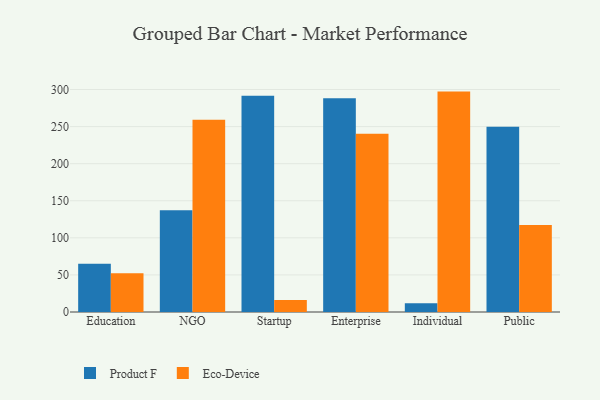
{"axis": {"x": "Segment", "y": "Market Share (%)"}, "legend": ["Eco-Device", "Product F"], "data": [{"x": "Education", "y": 65.2, "type": "Product F"}, {"x": "Education", "y": 52.1, "type": "Eco-Device"}, {"x": "NGO", "y": 137.1, "type": "Product F"}, {"x": "NGO", "y": 259.1, "type": "Eco-Device"}, {"x": "Startup", "y": 291.7, "type": "Product F"}, {"x": "Startup", "y": 16.3, "type": "Eco-Device"}, {"x": "Enterprise", "y": 288.4, "type": "Product F"}, {"x": "Enterprise", "y": 240.4, "type": "Eco-Device"}, {"x": "Individual", "y": 11.9, "type": "Product F"}, {"x": "Individual", "y": 297.2, "type": "Eco-Device"}, {"x": "Public", "y": 249.8, "type": "Product F"}, {"x": "Public", "y": 117.4, "type": "Eco-Device"}]}